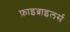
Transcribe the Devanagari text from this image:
फ़ाइब्राइलर्स